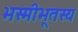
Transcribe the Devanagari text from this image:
भस्मीभूतस्य